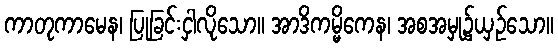
ကာတုကာမေန၊ ပြုခြင်းငှါလိုသော။ အာဒိကမ္မိကေန၊ အစအမှု၌ယှဉ်သော။